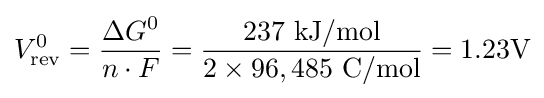
V_{\textrm {rev}}^{0}={\frac {\Delta G^{0}}{n\cdot F}}={\frac {237\ {\textrm {kJ/mol}}}{2\times 96,485\ {\textrm {C/mol}}}}=1.23{\textrm {V}}